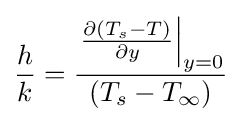
{\frac {h}{k}}={\frac {\left.{\frac {\partial \left(T_{s}-T\right)}{\partial y}}\right|_{y=0}}{\left(T_{s}-T_{\infty }\right)}}